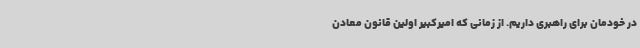
در خودمان برای راهبری داریم. از زمانی که امیرکبیر اولین قانون معادن